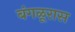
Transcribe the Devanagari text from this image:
बंगळूरास